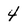
Character: 4